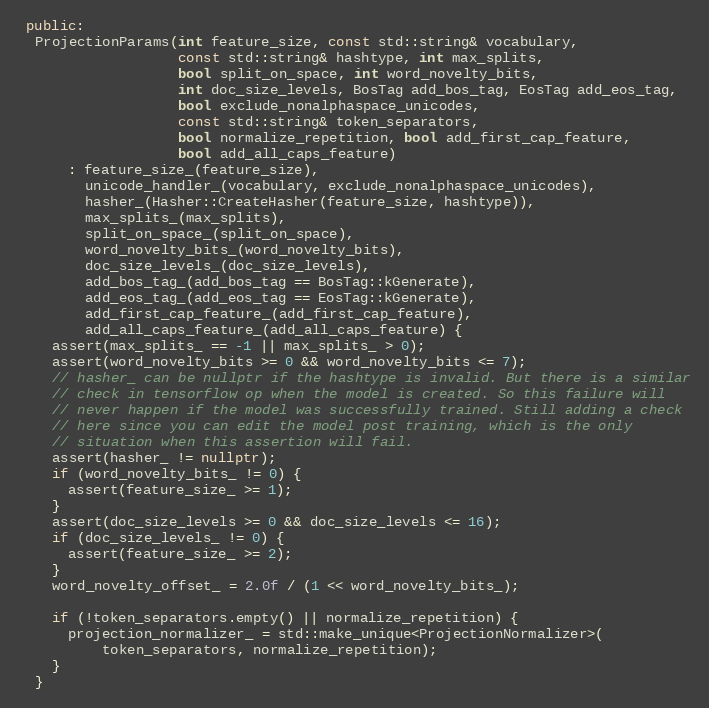
Language: C++
 public:
  ProjectionParams(int feature_size, const std::string& vocabulary,
                   const std::string& hashtype, int max_splits,
                   bool split_on_space, int word_novelty_bits,
                   int doc_size_levels, BosTag add_bos_tag, EosTag add_eos_tag,
                   bool exclude_nonalphaspace_unicodes,
                   const std::string& token_separators,
                   bool normalize_repetition, bool add_first_cap_feature,
                   bool add_all_caps_feature)
      : feature_size_(feature_size),
        unicode_handler_(vocabulary, exclude_nonalphaspace_unicodes),
        hasher_(Hasher::CreateHasher(feature_size, hashtype)),
        max_splits_(max_splits),
        split_on_space_(split_on_space),
        word_novelty_bits_(word_novelty_bits),
        doc_size_levels_(doc_size_levels),
        add_bos_tag_(add_bos_tag == BosTag::kGenerate),
        add_eos_tag_(add_eos_tag == EosTag::kGenerate),
        add_first_cap_feature_(add_first_cap_feature),
        add_all_caps_feature_(add_all_caps_feature) {
    assert(max_splits_ == -1 || max_splits_ > 0);
    assert(word_novelty_bits >= 0 && word_novelty_bits <= 7);
    // hasher_ can be nullptr if the hashtype is invalid. But there is a similar
    // check in tensorflow op when the model is created. So this failure will
    // never happen if the model was successfully trained. Still adding a check
    // here since you can edit the model post training, which is the only
    // situation when this assertion will fail.
    assert(hasher_ != nullptr);
    if (word_novelty_bits_ != 0) {
      assert(feature_size_ >= 1);
    }
    assert(doc_size_levels >= 0 && doc_size_levels <= 16);
    if (doc_size_levels_ != 0) {
      assert(feature_size_ >= 2);
    }
    word_novelty_offset_ = 2.0f / (1 << word_novelty_bits_);

    if (!token_separators.empty() || normalize_repetition) {
      projection_normalizer_ = std::make_unique<ProjectionNormalizer>(
          token_separators, normalize_repetition);
    }
  }